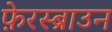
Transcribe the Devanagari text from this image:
फ़ेरस्ब्राउन